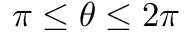
\pi \leq \theta \leq 2 \pi